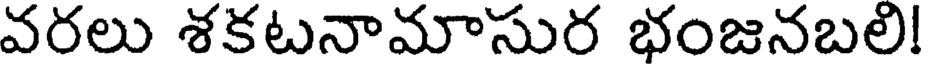
వరలు శకటనామాసుర భంజనబలి!